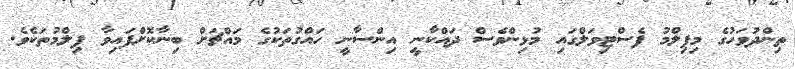
ތިންދުވަހުގެ މިފިލްމު ފެސްޓިވަލްގައި މުޅިންވެސް ދައްކާނީ އިންސާނީ ހައްގުތަކުގެ މައްޗަށް ބިނާކޮށްފައިވާ ފިލްމުތަކެވެ.